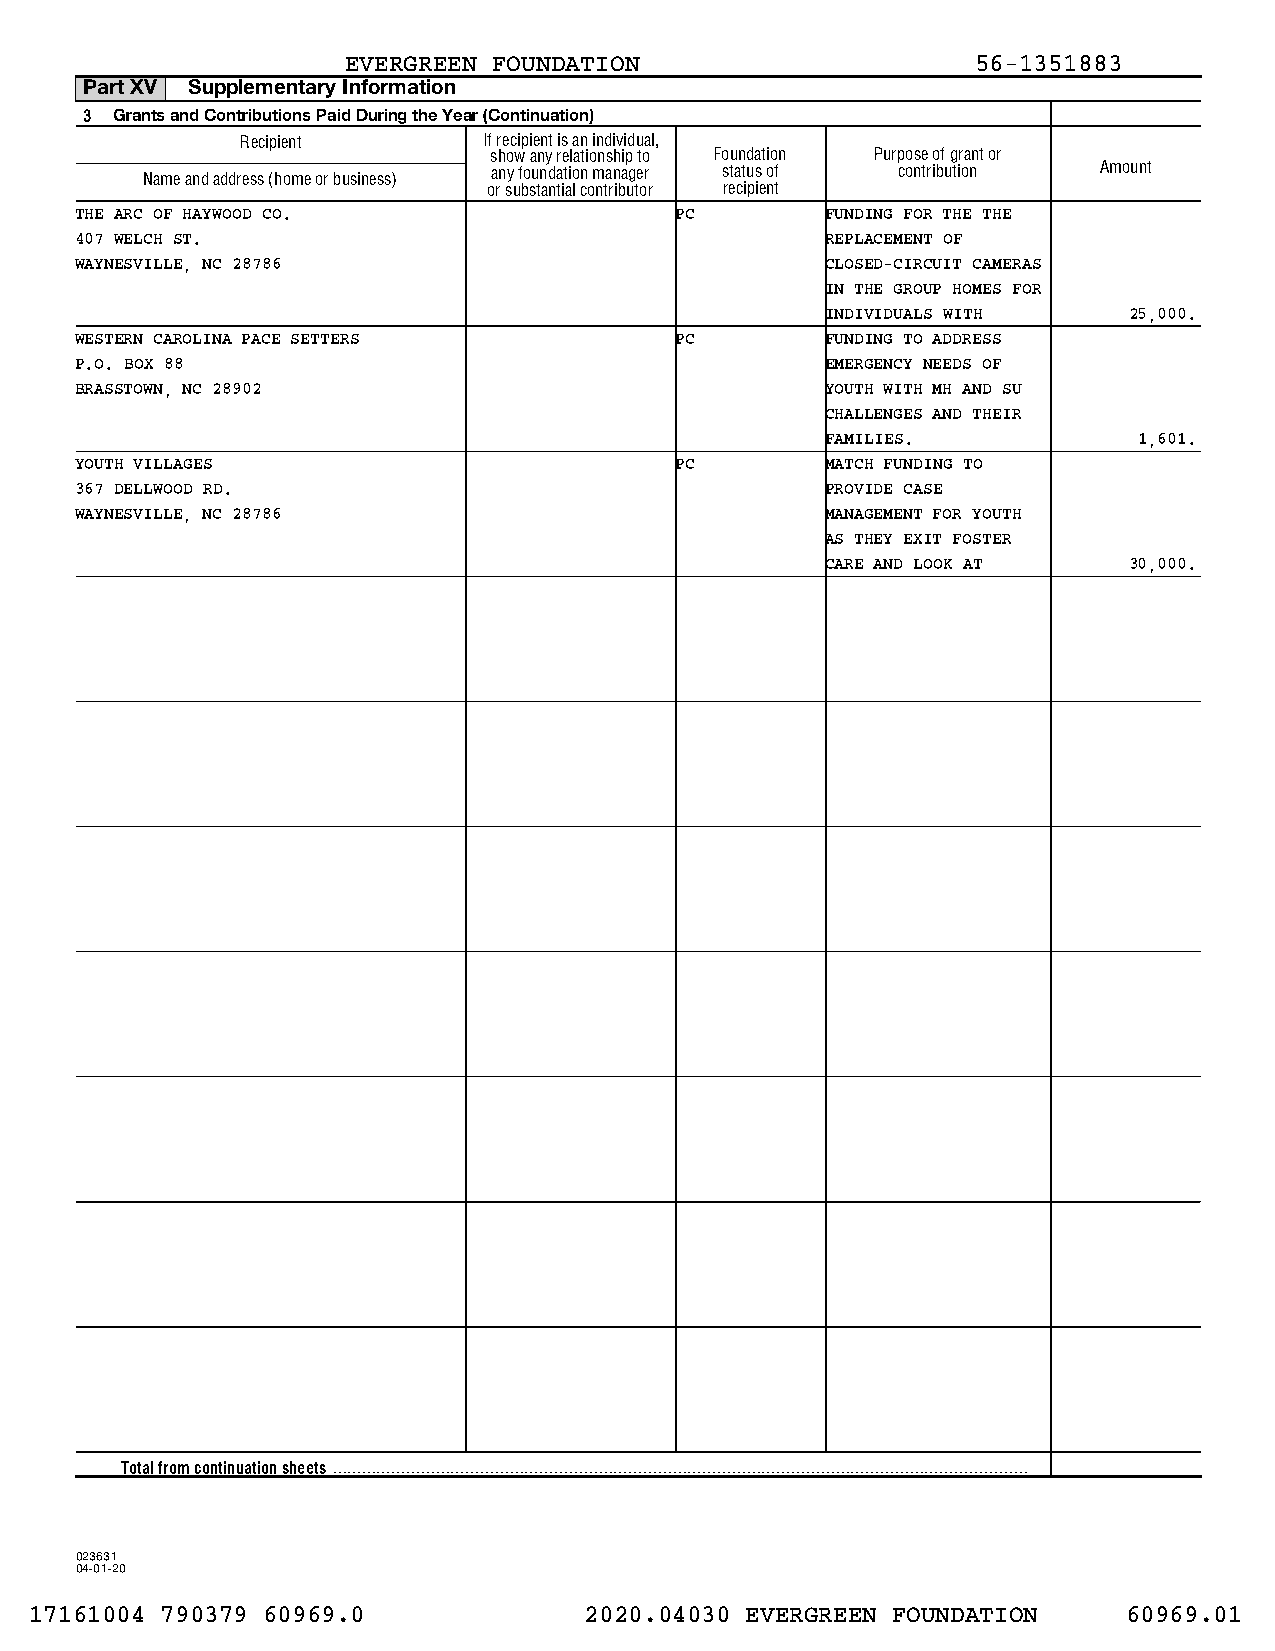
EVERGREEN FOUNDATION                      56-1351883
 Part XV Supplementary Information
 3 Grants and Contributions Paid During the Year (Continuation)
 Recipient       If recipient is an individual,
 show any relationship to Foundation Purpose of grant or
 Name and address (home or business) any foundation manager status of contribution Amount
 or substantial contributor recipient
 THE ARC OF HAYWOOD CO.                  PC        FUNDING FOR THE THE
 407 WELCH ST.                                     REPLACEMENT OF
 WAYNESVILLE, NC 28786                             CLOSED-CIRCUIT CAMERAS
 IN THE GROUP HOMES FOR
 INDIVIDUALS WITH    25,000.
 WESTERN CAROLINA PACE SETTERS           PC        FUNDING TO ADDRESS
 P.O. BOX 88                                       EMERGENCY NEEDS OF
 BRASSTOWN, NC 28902                               YOUTH WITH MH AND SU
 CHALLENGES AND THEIR
 FAMILIES.           1,601.
 YOUTH VILLAGES                          PC        MATCH FUNDING TO
 367 DELLWOOD RD.                                  PROVIDE CASE
 WAYNESVILLE, NC 28786                             MANAGEMENT FOR YOUTH
 AS THEY EXIT FOSTER
 CARE AND LOOK AT    30,000.
 Total from continuation sheets
 023631
 04-01-20
 17161004 790379 60969.0              2020.04030 EVERGREEN FOUNDATION     60969.01